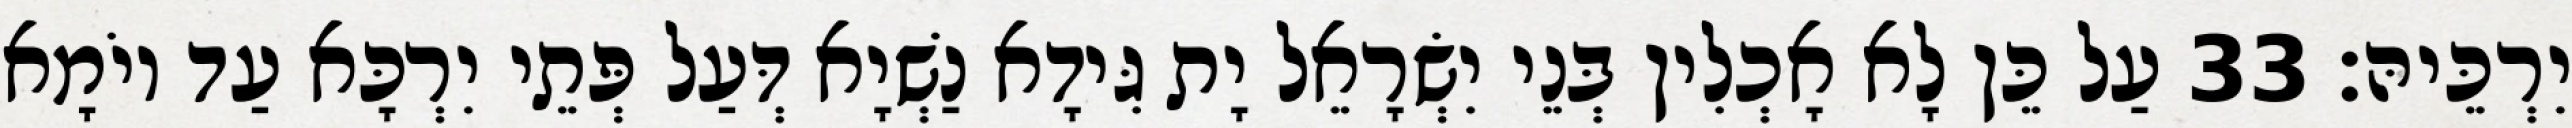
יִרְכֵּיהּ׃ 33 עַל כֵּן לָא אָכְלִין בְּנֵי יִשְׂרָאֵל יָת גִּידָא נַשְׁיָא דְּעַל פְּתֵי יִרְכָּא עַד יוֹמָא